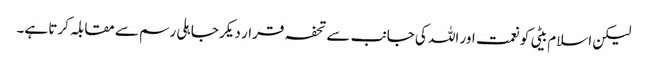
لیکن اسلام بیٹی کو نعمت اور اللہ کی جانب سے تحفہ قرار دیکر جاہلی رسم سے مقابلہ کرتا ہے۔